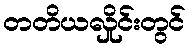
တတိယလှိုင်းတွင်